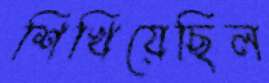
শিখিয়েছিল